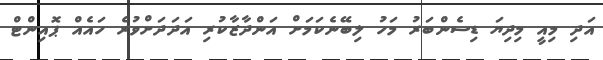
އަދި މިއީ މިދިޔަ ޑިސެންބަރު މަހު ލިބޭނެކަމަށް އަންދާޒާކުރި އަދަދަށްވުރެ ހައެއް ޕޮއިންޓް